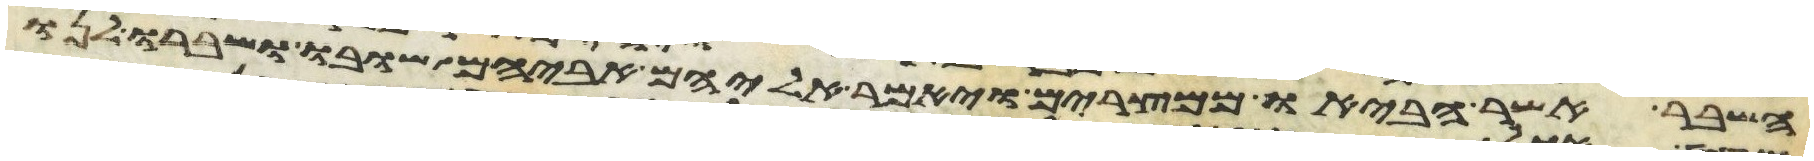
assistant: השבר אשר הביאו ממצרים ויאמר אליהם אביהם שובו ושברו לנו